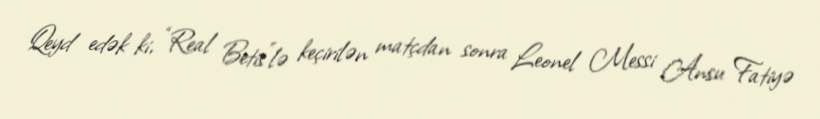
Qeyd edək ki, “Real Betis”lə keçirilən matçdan sonra Leonel Messi Ansu Fatiyə